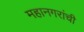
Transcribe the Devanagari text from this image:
महानगरांची